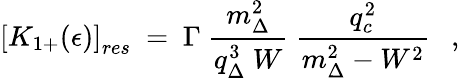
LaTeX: \left[K_{1+}(\epsilon)\right]_{res}\ =\ \Gamma\ \frac{m_{\Delta}^{2}}{q_{\Delta}^{3}\ W}\ \frac{q_{c}^{2}}{m_{\Delta}^{2}-W^{2}}\ \ \ ,